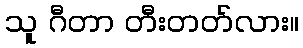
သူ ဂီတာ တီးတတ်လား။